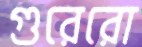
গুরেরো